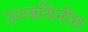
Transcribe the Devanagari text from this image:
उज्जयिनीस